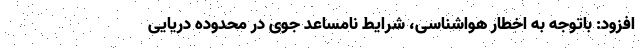
افزود: باتوجه به اخطار هواشناسی، شرایط نامساعد جوی در محدوده دریایی